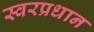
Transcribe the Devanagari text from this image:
स्वरप्रधान